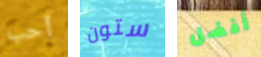
أحب ستون أفضل